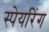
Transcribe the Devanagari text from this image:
स्पेयरिंग